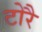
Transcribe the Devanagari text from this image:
टोरै